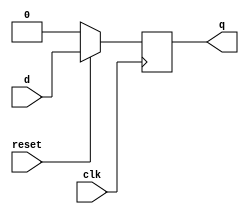
module dffns (input clk,reset,d,output reg q);
initial
q=0;
always@ (negedge clk)begin
if(reset)
 q=d;
else
q=0;
end
endmodule